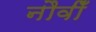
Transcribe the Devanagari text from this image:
नौवीँ